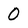
Character: 0